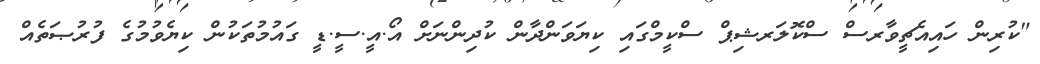
"ކުރިން ހައިއެޗީވާރސް ސްކޮލަރޝިޕް ސްކީމްގައި ކިޔަވަންދާން ކުދިންނަށް އޯ.އީ.ސީ.ޑީ ގައުމުތަކުން ކިޔެވުމުގެ ފުރުޞަތެއް